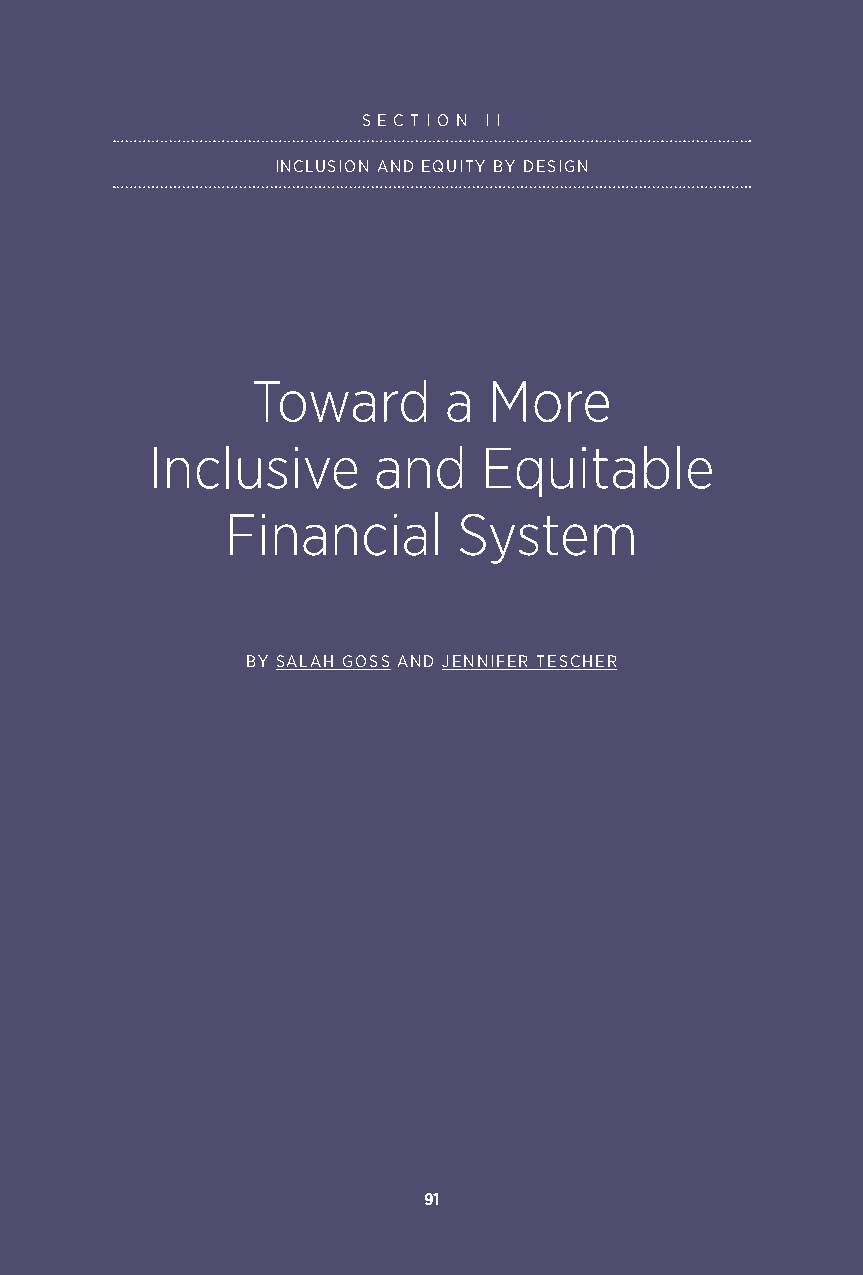
S E C T I O N I I
 INCLUSION AND EQUITY BY DESIGN
 Toward      a  More
 Inclusive      and    Equitable
 Financial      System
 BY SALAH GOSS AND JENNIFER TESCHER
 91